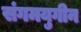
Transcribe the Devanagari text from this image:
संगमयुगीन